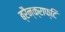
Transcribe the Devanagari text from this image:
ब्रैन्क्राफ्टि